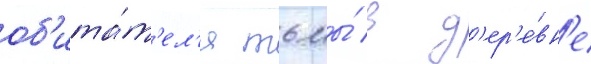
об'ита́т'ел'я тьмы́ в д'ер'е́вн'е